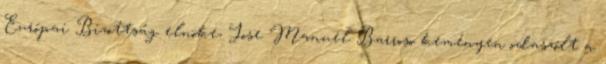
Európai Bizottság elnöke, Jose Manuel Barroso keményen odaszólt a